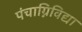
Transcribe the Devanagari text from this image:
पंचाग्निविद्या